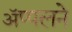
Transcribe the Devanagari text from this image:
ॲप्पलने